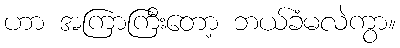
ဟာ အကြာကြီးတော့ ဘယ်ခံမလဲကွာ။